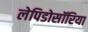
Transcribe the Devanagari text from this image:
लेपिडोसॉरिया